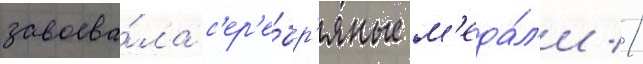
завоева́ла с'ер'е́бр'яные м'еда́л'и //